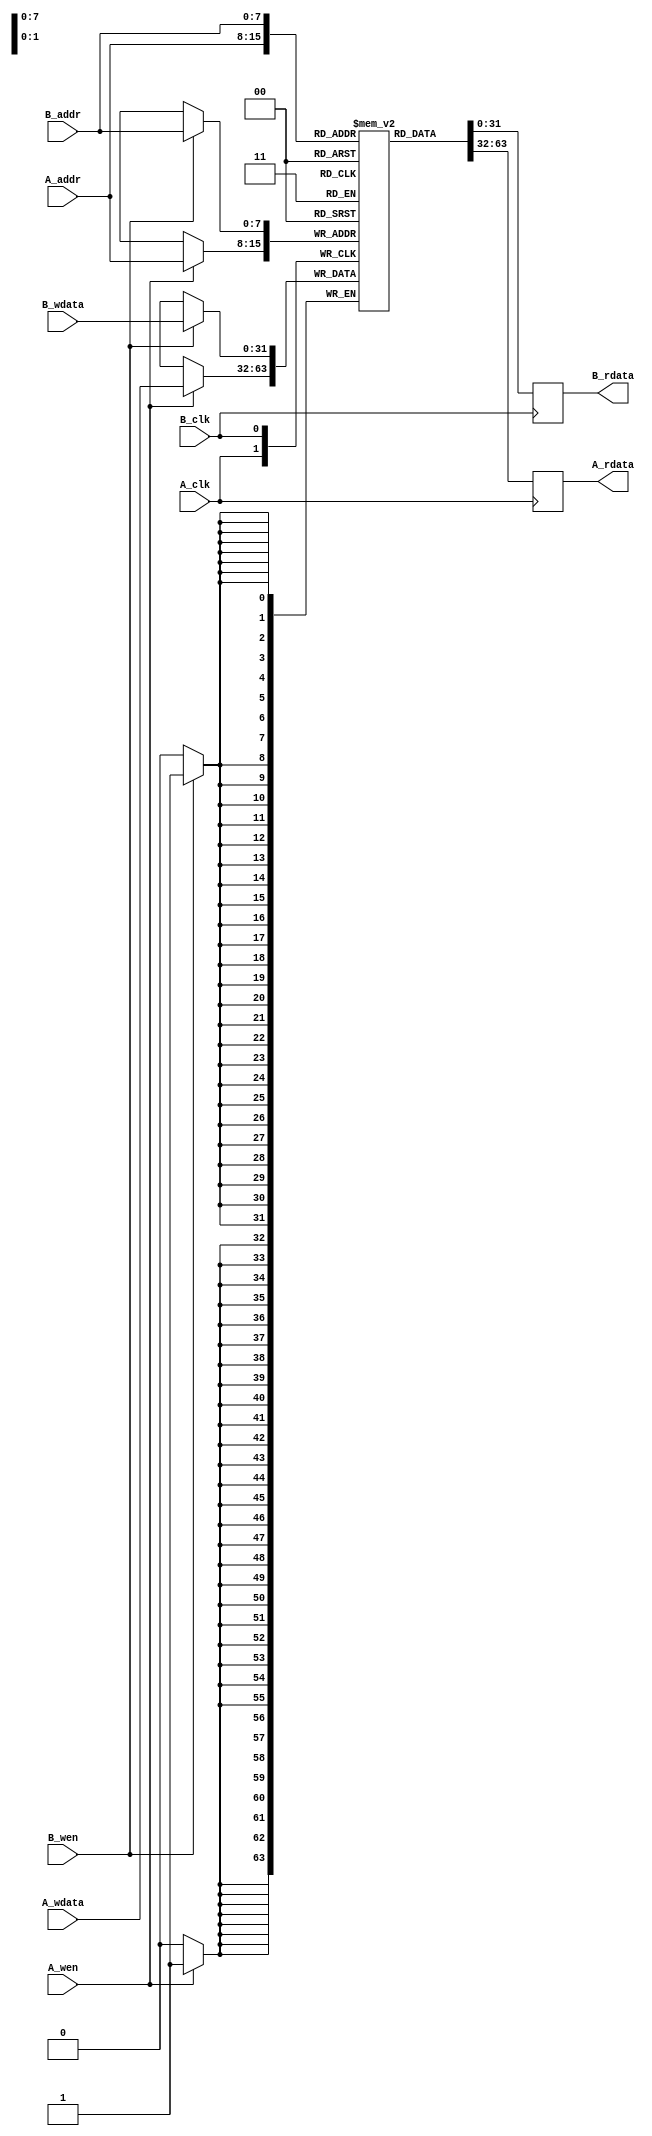
module dual_port_scratchpad_memory #(
    parameter ADDR_WIDTH = 8,  // Address width (number of addressable locations)
    parameter DATA_WIDTH = 32   // Data width (size of each memory entry)
)(
    // Port A
    input wire [ADDR_WIDTH-1:0] A_addr,
    input wire [DATA_WIDTH-1:0] A_wdata,
    input wire A_wen,
    input wire A_clk,
    output reg [DATA_WIDTH-1:0] A_rdata,

    // Port B
    input wire [ADDR_WIDTH-1:0] B_addr,
    input wire [DATA_WIDTH-1:0] B_wdata,
    input wire B_wen,
    input wire B_clk,
    output reg [DATA_WIDTH-1:0] B_rdata
);

    // Memory array declaration
    reg [DATA_WIDTH-1:0] memory [(1 << ADDR_WIDTH) - 1:0];

    // Port A logic
    always @(posedge A_clk) begin
        // Read operation for Port A
        A_rdata <= memory[A_addr];

        // Write operation for Port A
        if (A_wen) begin
            memory[A_addr] <= A_wdata;
        end
    end

    // Port B logic
    always @(posedge B_clk) begin
        // Read operation for Port B
        B_rdata <= memory[B_addr];

        // Write operation for Port B
        if (B_wen) begin
            memory[B_addr] <= B_wdata;
        end
    end

endmodule